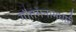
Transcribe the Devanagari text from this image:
गौतमनामधारी